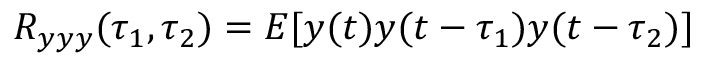
R _ { y y y } ( \tau _ { 1 } , \tau _ { 2 } ) = E [ y ( t ) y ( t - \tau _ { 1 } ) y ( t - \tau _ { 2 } ) ]